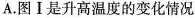
A.图Ⅰ是升高温度的变化情况